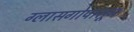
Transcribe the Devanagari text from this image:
ग्लासगोपासून